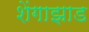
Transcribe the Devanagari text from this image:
शेंगाझाड